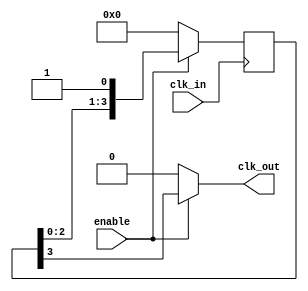
module DelayClockBuffer #(
    parameter DELAY_STAGES = 4 // Number of flip-flops in the delay line
)(
    input wire clk_in,            // Input clock signal
    input wire enable,            // Enable signal
    output reg clk_out            // Output delayed clock signal
);

    // Internal signals for delay line
    reg [DELAY_STAGES-1:0] delay_line;

    // Process to create the delayed clock signal
    always @(posedge clk_in) begin
        if (enable) begin
            // Shift the delay line
            delay_line <= {delay_line[DELAY_STAGES-2:0], 1'b1}; // Shift in the new clock edge
        end else begin
            // Hold clk_out low when not enabled
            delay_line <= 0;
        end
    end

    // Output clock is the last stage of delay
    always @(*) begin
        clk_out = enable ? delay_line[DELAY_STAGES-1] : 1'b0; // Output delayed clk or low
    end

endmodule